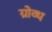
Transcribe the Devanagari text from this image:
ग्रोव्थ